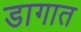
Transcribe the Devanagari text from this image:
डागात